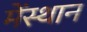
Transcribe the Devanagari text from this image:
मेंस्थान